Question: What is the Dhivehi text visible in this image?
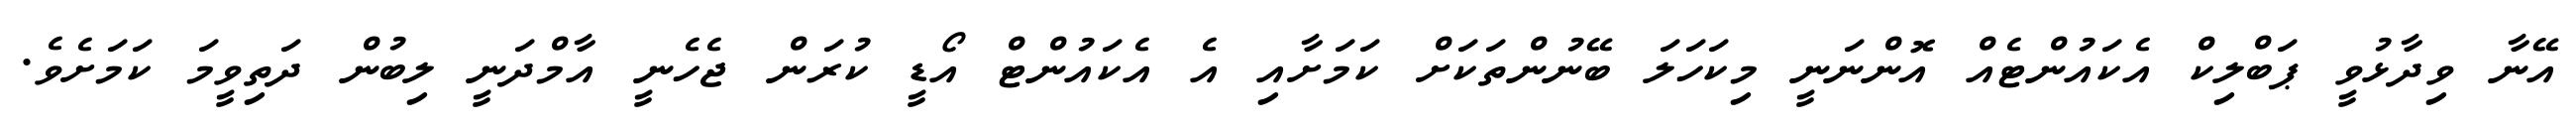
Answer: އޭނާ ވިދާޅުވީ ޕަބްލިކް އެކައުންޓެއް އޮންނަނީ މިކަހަލަ ބޭނުންތަކަށް ކަމަށާއި އެ އެކައުންޓް އޯޑީ ކުރަން ޖެހެނީ އާމްދަނީ ލިބުން ދަތިވީމަ ކަމަށެވެ.